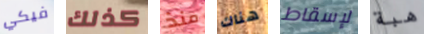
فيكي كذلك منذ هناك لإسقاط هبة